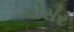
ચોસર